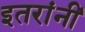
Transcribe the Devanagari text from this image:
इतरांनीं